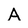
Character: A